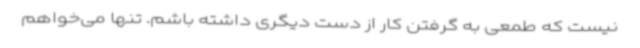
نیست که طمعی به گرفتن کار از دست دیگری داشته باشم. تنها می‌خواهم